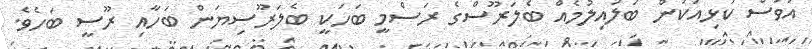
އަވަސް ކަޅިއަކުން ބަލައިލުމެއް ބެލަރޫސްގެ ރަސްމީ ބަހަކީ ބެލަރޫސިޔަން ބަހާއި ރޫސީ ބަހެވެ.